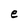
Character: e